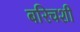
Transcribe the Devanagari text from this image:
बरिचशी